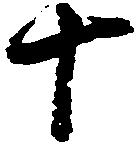
十